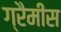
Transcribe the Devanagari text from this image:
ग्रैमीस